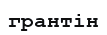
грантін